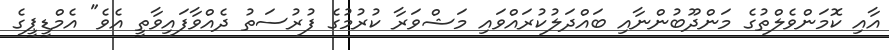
އާއި ކޮމަންވެލްތުގެ މަންދޫބުންނާއި ބައްދަލުކުރައްވައި މަޝްވަރާ ކުރުމުގެ ފުރުސަތު ދެއްވާފައިވާތީ އެވެ" އެމްޑީޕީގެ